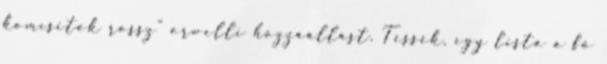
komcsitok rossz” orwelli hozzáállást. Tessék, egy lista a fő